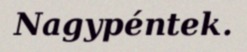
Nagypéntek.